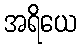
အရိယေ